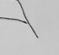
Signature authenticity: forged